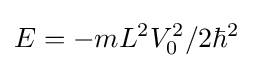
E=-mL^{2}V_{0}^{2}/2\hbar ^{2}